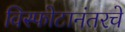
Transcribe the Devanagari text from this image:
विस्फोटानंतरचे